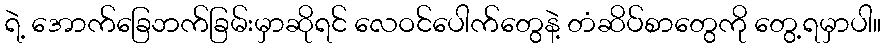
ရဲ့ အောက်ခြေဘက်ခြမ်းမှာဆိုရင် လေဝင်ပေါက်တွေနဲ့ တံဆိပ်စာတွေကို တွေ့ရမှာပါ။